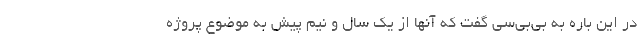
در این باره به بی‌بی‌سی گفت که آنها از یک سال و نیم پیش به موضوع پروژه